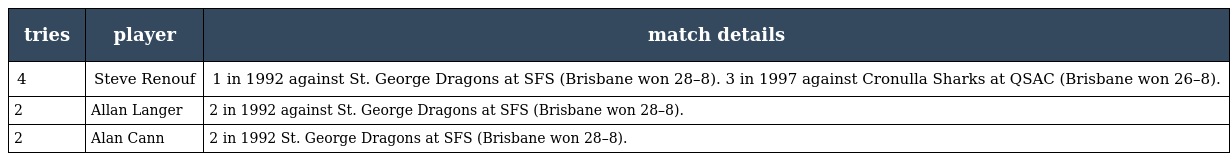
| tries | player | match details |
 | --- | --- | --- |
 | 4 | Steve Renouf | 1 in 1992 against St. George Dragons at SFS (Brisbane won 28–8). 3 in 1997 against Cronulla Sharks at QSAC (Brisbane won 26–8). |
 | 2 | Allan Langer | 2 in 1992 against St. George Dragons at SFS (Brisbane won 28–8). |
 | 2 | Alan Cann | 2 in 1992 St. George Dragons at SFS (Brisbane won 28–8). |